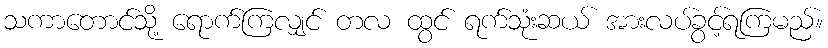
သကာတောင်သို့ ရောက်ကြလျှင် တလ ထွင် ရက်သုံးဆယ် အားလပ်ခွင့်ရကြမည်။